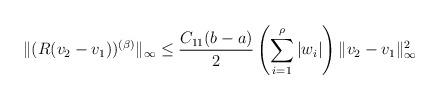
LaTeX: \begin{align*}\|( R (v_2 - v_1) )^{(\beta)}\|_\infty \leq \frac {C_{11} (b - a)} {2} \left ( \sum_{i=1}^\rho | w_i | \right ) \|v_2 - v_1 \|_\infty^2\end{align*}